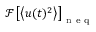
\mathcal { F } \left[ \left< u ( t ) ^ { 2 } \right> \right] _ { \mathrm { ~ n ~ e ~ q ~ } }